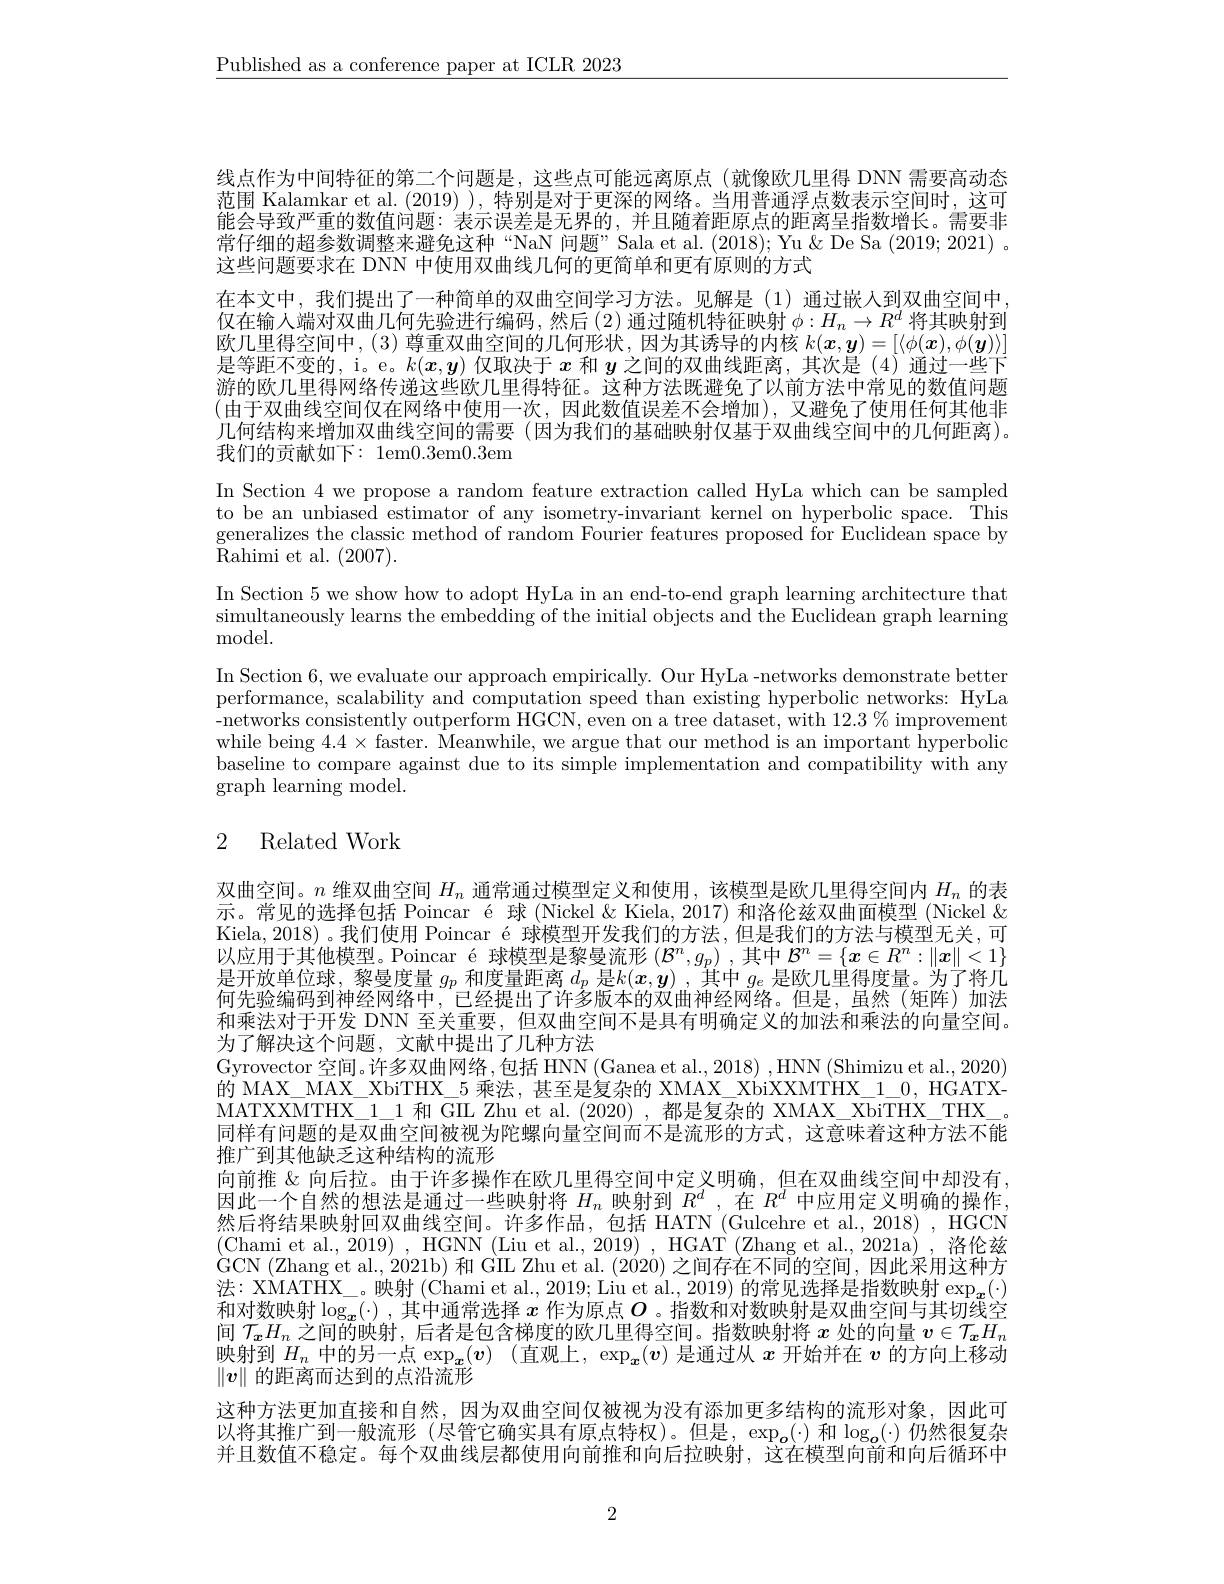
$\underline{\text{Published as a conference paper at ICLR 2023}}$

线点作为中间特征的第二个问题是，这些点可能远离原点(就像欧几里得 DNN 需要高动态范围 Kalamkar et al. (2019) ), 特别是对于更深的网络。当用普通浮点数表示空间时，这可能会导致严重的数值问题：表示误差是无界的，并且随着距原点的距离呈指数增长。需要非常仔细的超参数调整来避免这种“NaN 问题”Sala et al.(2018); Yu& De Sa (2019; 2021) 。这些问题要求在 DNN 中使用双曲线几何的更简单和更有原则的方式
在本文中，我们提出了一种简单的双曲空间学习方法。见解是(1)通过嵌入到双曲空间中， 仅在输人端对双曲几何先验进行编码，然后(2)通过随机特征映射$\phi:H_n\to R^d$ 将其映射到欧儿里得空间中，(3)尊重双曲空间的几何形状，因为其诱导的内核$k(\boldsymbol{x},\boldsymbol{y})=[\langle\phi(\boldsymbol{x}),\phi(\boldsymbol{y})\rangle]$ 是等距不变的，i。e。$k(x,y)$仅取决于$x$和$y$之间的双曲线距离，其次是 (4)通过一些下游的欧儿里得网络传递这些欧几里得特征。这种方法既避免了以前方法中常见的数值问题(由于双曲线空间仅在网络中使用一次，因此数值误差不会增加),又避免了使用任何其他非几何结构来增加双曲线空间的需要 (因为我们的基础映射仅基于双曲线空间中的几何距离)。我们的贡献如下：1em0.3em0.3em
In Section 4 we propose a random feature extraction called HyLa which can be sampled to be an unbiased estimator of any isometry-invariant kernel on hyperbolic space. This generalizes the classic method of random Fourier features proposed for Euclidean space by Rahimi et al. (2007).
In Section 5 we show how to adopt HyLa in an end-to-end graph learning architecture that $\begin{array}{c}\text{simultaneously learns the embedding of the initial objects and the Euclidean graph learning}\\\end{array}$ ${\mathrm{model}}.$
In Section 6,we evaluate our approach empirically. Our HyLa -networks demonstrate better performance, scalability and computation speed than existing hyperbolic networks: HyLa -networks consistently outperform HGCN, even on a tree dataset, with $12.3\%$ improvement while being $4.4\times$ faster. Meanwhile, we argue that our method is an important hyperbolic baseline to compare against due to its simple implementation and compatibility with any graph learning model.

## 2 Related Work

双曲空间。$n$维双曲空间$H_n$通常通过模型定义和使用，该模型是欧几里得空间内$H_{n}$的表示。常见的选择包括 Poincar é 球 (Nickel &Kiela, 2017) 和洛伦兹双曲面模型 (Nickel & Kiela,2018)。我们使用 Poincar é 球模型开发我们的方法，但是我们的方法与模型无关，可以应用于其他模型。Poincar é 球模型是黎曼流形$(\mathcal{B}^n,g_p)$ ,其中$\mathcal{B}^n=\{x\in R^n:\|x\|<1\}$ 是开放单位球，黎曼度量$g_p$和度量距离$d_p$是$k(\boldsymbol{x},\boldsymbol{y})$ ,其中$g_e$是欧几里得度量。为了将几何先验编码到神经网络中。已经提出了许多版本的双曲神经网络。但是，虽然(知阵)加決和乘法对于开发 DNN 至关重要，但双曲空间不是具有明确定义的加法和乘法的向量空间。为了解决这个问题，文献中提出了几种方法
Gyrovector 空间。许多双曲网络，包括 HNN (Ganea et al., 2018) ,HNN (Shimizu et al., 2020) 的 MAX\_ MAX\_ XbiTHX\_5 乘法，甚至是复杂的 XMAX\_XóiXXMTHX\_1\_0, HGATXMATXXMTHX\_1\_1 和 GIL Zhu et al. (2020) , 都是复杂的 XMAX\_ XbiTHX\_ THX\_。同样有问题的是双曲空间被视为陀螺向量空间而不是流形的方式，这意味着这种方法不能推广到其他缺乏这种结构的流形
向前推 & 向后拉。由于许多操作在欧几里得空间中定义明确，但在双曲线空间中却没有因此一个自然的想法是通过一些映射将$H_n$映射到$R^d$,在$R^d$中应用定义明确的操作， 然后将结果映射回双曲线空间。许多作品，包括 HATN (Gulcehre et al., 2018) , HGCN (Chami et al.,2019) , HGNN (Liu et al., 2019) , HGAT (Zhang et al., 2021a) , 洛伦兹GCN ( Zhang et al. , 2021b) 和 GIL Zhu et al. (2020) 之间存在不同的空间，因此采用这种方法 : XMATHX\_ 。映 射 ( Chami et al. , 2019; Liu et al. , 2019) 的 常 见 选 择 是 指 数 映 射 $\exp _{{\boldsymbol{x}}}( \cdot )$ Tral " 和对数映射$\log_{\boldsymbol{x}}(\cdot)$,其中通常选择 $x$ 作为原点$O$。指数和对数映射是双曲空间与其切线空间$\mathcal{T}_xH_n$之间的映射 , 后者是包含梯度的欧几里得空间。指数映射将$x$处的向量$v\in\mathcal{T}_xH_n$ 映射到$H_n$中的另一点$\exp_{\boldsymbol{x}}(\boldsymbol{v})$ (直观上，$\exp_{\boldsymbol{x}}(\boldsymbol{v})$是通过从$x$开始并在$v$的方向上移动$\|v\|$的距离而达到的点沿流形
这种方法更加直接和自然，因为双曲空间仅被视为没有添加更多结构的流形对象，因此可以将其推广到一般流形(尽管它确实具有原点特权)。但是，$\exp_{\boldsymbol{o}}(\cdot)$和$\log_{\boldsymbol{o}}(\cdot)$仍然很复杂并且数值不稳定。每个双曲线层都使用向前推和向后拉映射，这在模型向前和向后循环中

2